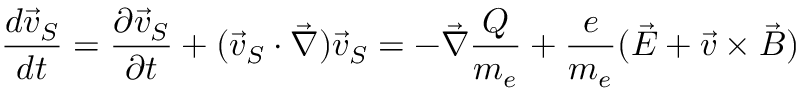
\frac { d \vec { v } _ { S } } { d t } = \frac { \partial \vec { v } _ { S } } { \partial t } + ( \vec { v } _ { S } \cdot \vec { \nabla } ) \vec { v } _ { S } = - \vec { \nabla } \frac { Q } { m _ { e } } + \frac { e } { m _ { e } } ( \vec { E } + \vec { v } \times \vec { B } )